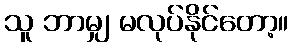
သူ ဘာမျှ မလုပ်နိုင်တော့။